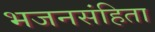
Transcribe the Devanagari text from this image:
भजनसंहिता